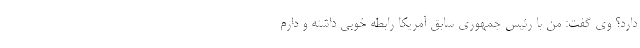
دارد؟ وی گفت: من با رئیس جمهوری سابق آمریکا رابطه خوبی داشته و دارم